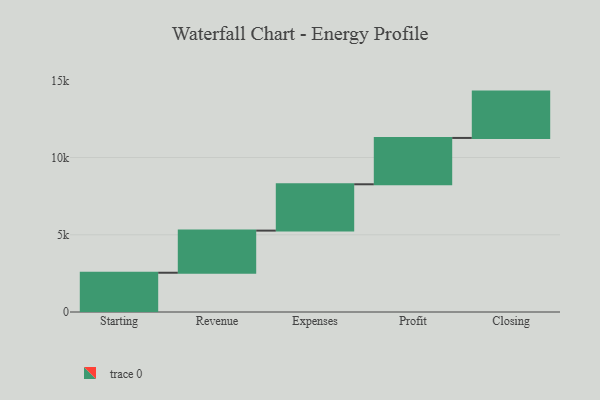
{"axis": {"x": "Step", "y": "Value"}, "legend": [""], "data": [{"x": "Starting", "y": 2542.0, "type": ""}, {"x": "Revenue", "y": 2727.0, "type": ""}, {"x": "Expenses", "y": 3000, "type": ""}, {"x": "Profit", "y": 3000, "type": ""}, {"x": "Closing", "y": 3000, "type": ""}]}